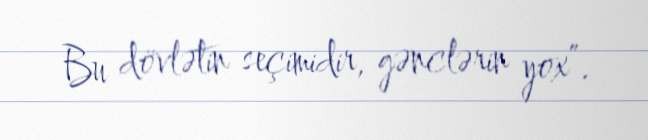
Bu dövlətin seçimidir, gənclərin yox”.